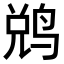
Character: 𬸑